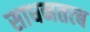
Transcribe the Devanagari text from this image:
साधनतत्त्ब